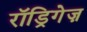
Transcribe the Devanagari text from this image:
रॉड्रिगेज़